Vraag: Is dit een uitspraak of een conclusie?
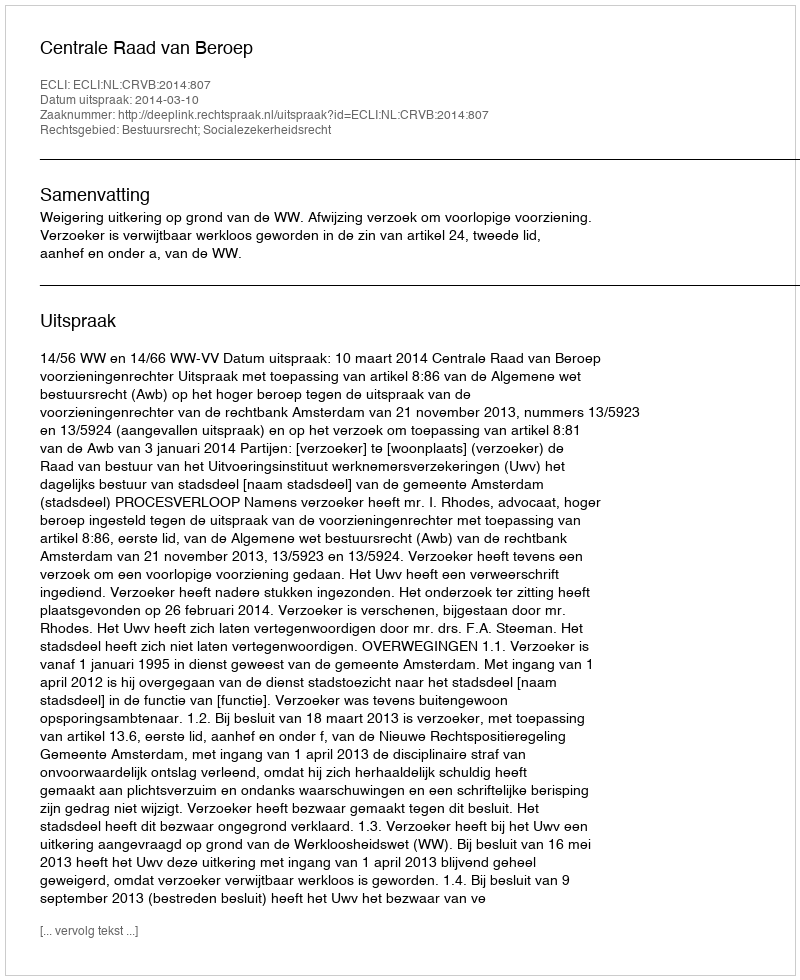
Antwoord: Uitspraak